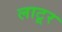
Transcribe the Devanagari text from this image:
लाटूर